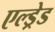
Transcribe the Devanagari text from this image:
एल्ड्रेड